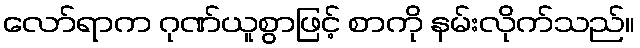
လော်ရာက ဂုဏ်ယူစွာဖြင့် စာကို နမ်းလိုက်သည်။